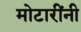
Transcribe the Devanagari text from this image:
मोटारींनी